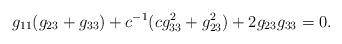
LaTeX: \begin{align*}g_{11}(g_{23}+g_{33}) + c^{-1}(cg_{33}^2+g_{23}^2) + 2g_{23}g_{33} = 0.\end{align*}